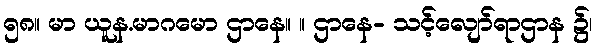
၅၈။ မာ ယူန.မာဂမော ဌာနေ။ ။ ဌာနေ- သင့်လျော်ရာဌာန ၌၊